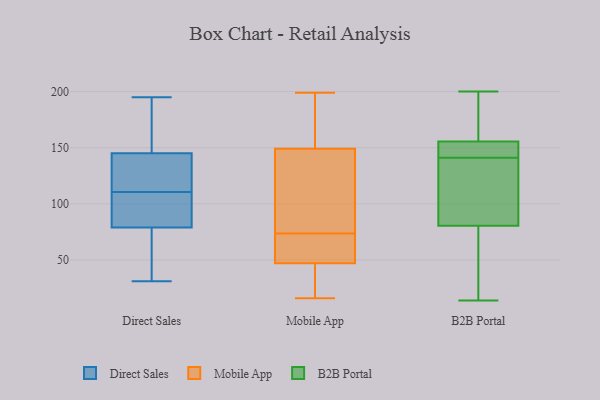
{"axis": {"x": "Energy Usage (MWh)", "y": "Value"}, "legend": ["B2B Portal", "Direct Sales", "Mobile App"], "data": [{"x": "", "y": 159, "type": "Direct Sales"}, {"x": "", "y": 107, "type": "Direct Sales"}, {"x": "", "y": 136, "type": "Direct Sales"}, {"x": "", "y": 83, "type": "Direct Sales"}, {"x": "", "y": 167, "type": "Direct Sales"}, {"x": "", "y": 46, "type": "Direct Sales"}, {"x": "", "y": 100, "type": "Direct Sales"}, {"x": "", "y": 195, "type": "Direct Sales"}, {"x": "", "y": 171, "type": "Direct Sales"}, {"x": "", "y": 79, "type": "Direct Sales"}, {"x": "", "y": 137, "type": "Direct Sales"}, {"x": "", "y": 31, "type": "Direct Sales"}, {"x": "", "y": 145, "type": "Direct Sales"}, {"x": "", "y": 41, "type": "Direct Sales"}, {"x": "", "y": 122, "type": "Direct Sales"}, {"x": "", "y": 114, "type": "Direct Sales"}, {"x": "", "y": 91, "type": "Direct Sales"}, {"x": "", "y": 51, "type": "Direct Sales"}, {"x": "", "y": 56, "type": "Mobile App"}, {"x": "", "y": 101, "type": "Mobile App"}, {"x": "", "y": 38, "type": "Mobile App"}, {"x": "", "y": 82, "type": "Mobile App"}, {"x": "", "y": 160, "type": "Mobile App"}, {"x": "", "y": 59, "type": "Mobile App"}, {"x": "", "y": 38, "type": "Mobile App"}, {"x": "", "y": 65, "type": "Mobile App"}, {"x": "", "y": 163, "type": "Mobile App"}, {"x": "", "y": 16, "type": "Mobile App"}, {"x": "", "y": 138, "type": "Mobile App"}, {"x": "", "y": 38, "type": "Mobile App"}, {"x": "", "y": 199, "type": "Mobile App"}, {"x": "", "y": 173, "type": "Mobile App"}, {"x": "", "y": 56, "type": "Mobile App"}, {"x": "", "y": 115, "type": "Mobile App"}, {"x": "", "y": 14, "type": "B2B Portal"}, {"x": "", "y": 143, "type": "B2B Portal"}, {"x": "", "y": 67, "type": "B2B Portal"}, {"x": "", "y": 45, "type": "B2B Portal"}, {"x": "", "y": 121, "type": "B2B Portal"}, {"x": "", "y": 137, "type": "B2B Portal"}, {"x": "", "y": 157, "type": "B2B Portal"}, {"x": "", "y": 151, "type": "B2B Portal"}, {"x": "", "y": 141, "type": "B2B Portal"}, {"x": "", "y": 200, "type": "B2B Portal"}, {"x": "", "y": 166, "type": "B2B Portal"}]}